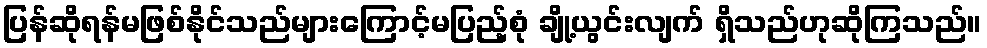
ပြန်ဆိုရန်မဖြစ်နိုင်သည်များကြောင့်မပြည့်စုံ ချို့ယွင်းလျက် ရှိသည်ဟုဆိုကြသည်။